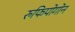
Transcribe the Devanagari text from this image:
रुफिपोगोन